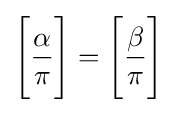
{\Bigg [}{\frac {\alpha }{\pi }}{\Bigg ]}={\Bigg [}{\frac {\beta }{\pi }}{\Bigg ]}